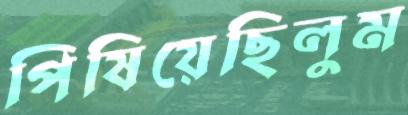
পিষিয়েছিলুম